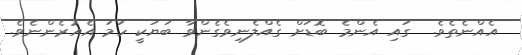
އެއްނެތެވެ.  ގައި އެންމެ ބޮޑަށް ގެއްލެނިވެގެންވާ ބަޔަކީ ހަމަ އެއުރެންނެވެ.